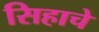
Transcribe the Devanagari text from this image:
सिहाचे